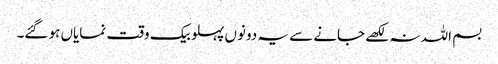
بسم اللہ نہ لکھے جانے سے یہ دونوں پہلو بیک وقت نمایاں ہو گئے۔